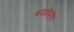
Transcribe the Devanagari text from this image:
भपकेपणा